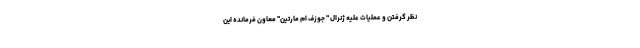
نظر گرفتن و عملیات علیه ژنرال " جوزف ام مارتین" معاون فرمانده این